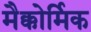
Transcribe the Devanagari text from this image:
मैक्कोर्मिक